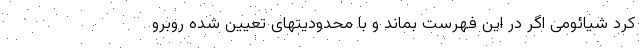
کرد شیائومی اگر در این فهرست بماند و با محدودیتهای تعیین شده روبرو